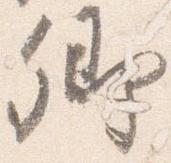
卿